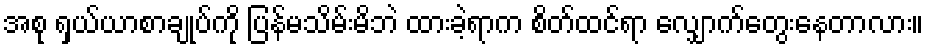
အစု ရှယ်ယာစာချုပ်ကို ပြန်မသိမ်းမိဘဲ ထားခဲ့ရာက စိတ်ထင်ရာ လျှောက်တွေးနေတာလား။